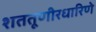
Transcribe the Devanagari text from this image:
शततूणीरधारिणे